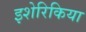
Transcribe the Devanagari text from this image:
इशेरिकिया